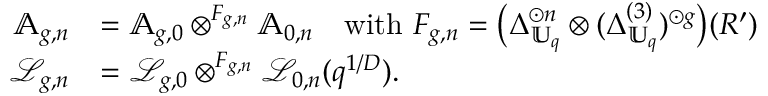
\begin{array} { r l } { \mathbb { A } _ { g , n } } & { = \mathbb { A } _ { g , 0 } \otimes ^ { F _ { g , n } } \mathbb { A } _ { 0 , n } \quad \mathrm { w i t h ~ } F _ { g , n } = \bigl ( \Delta _ { \mathbb { U } _ { q } } ^ { \odot n } \otimes ( \Delta _ { \mathbb { U } _ { q } } ^ { ( 3 ) } ) ^ { \odot g } \bigr ) ( R ^ { \prime } ) } \\ { \mathcal { L } _ { g , n } } & { = \mathcal { L } _ { g , 0 } \otimes ^ { F _ { g , n } } \mathcal { L } _ { 0 , n } ( q ^ { 1 / D } ) . } \end{array}